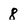
Character: 8